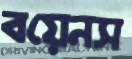
বয়েনস